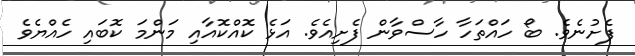
ފެށުނެވެ. ބޯ ހައްތަހާ ހާސްވާން ފެށިއެވެ. އަޅެ ކޮއްކޮއާއި މަންމަ ކޮބައި ހެއްޔެވެ